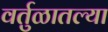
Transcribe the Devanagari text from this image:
वर्तुळातल्या